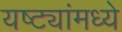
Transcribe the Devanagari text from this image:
यष्ट्यांमध्ये